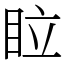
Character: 𥅈